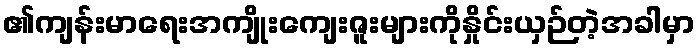
၏ကျန်းမာရေးအကျိုးကျေးဇူးများကိုနှိုင်းယှဉ်တဲ့အခါမှာ